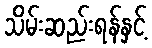
သိမ်းဆည်းရန်နှင့်